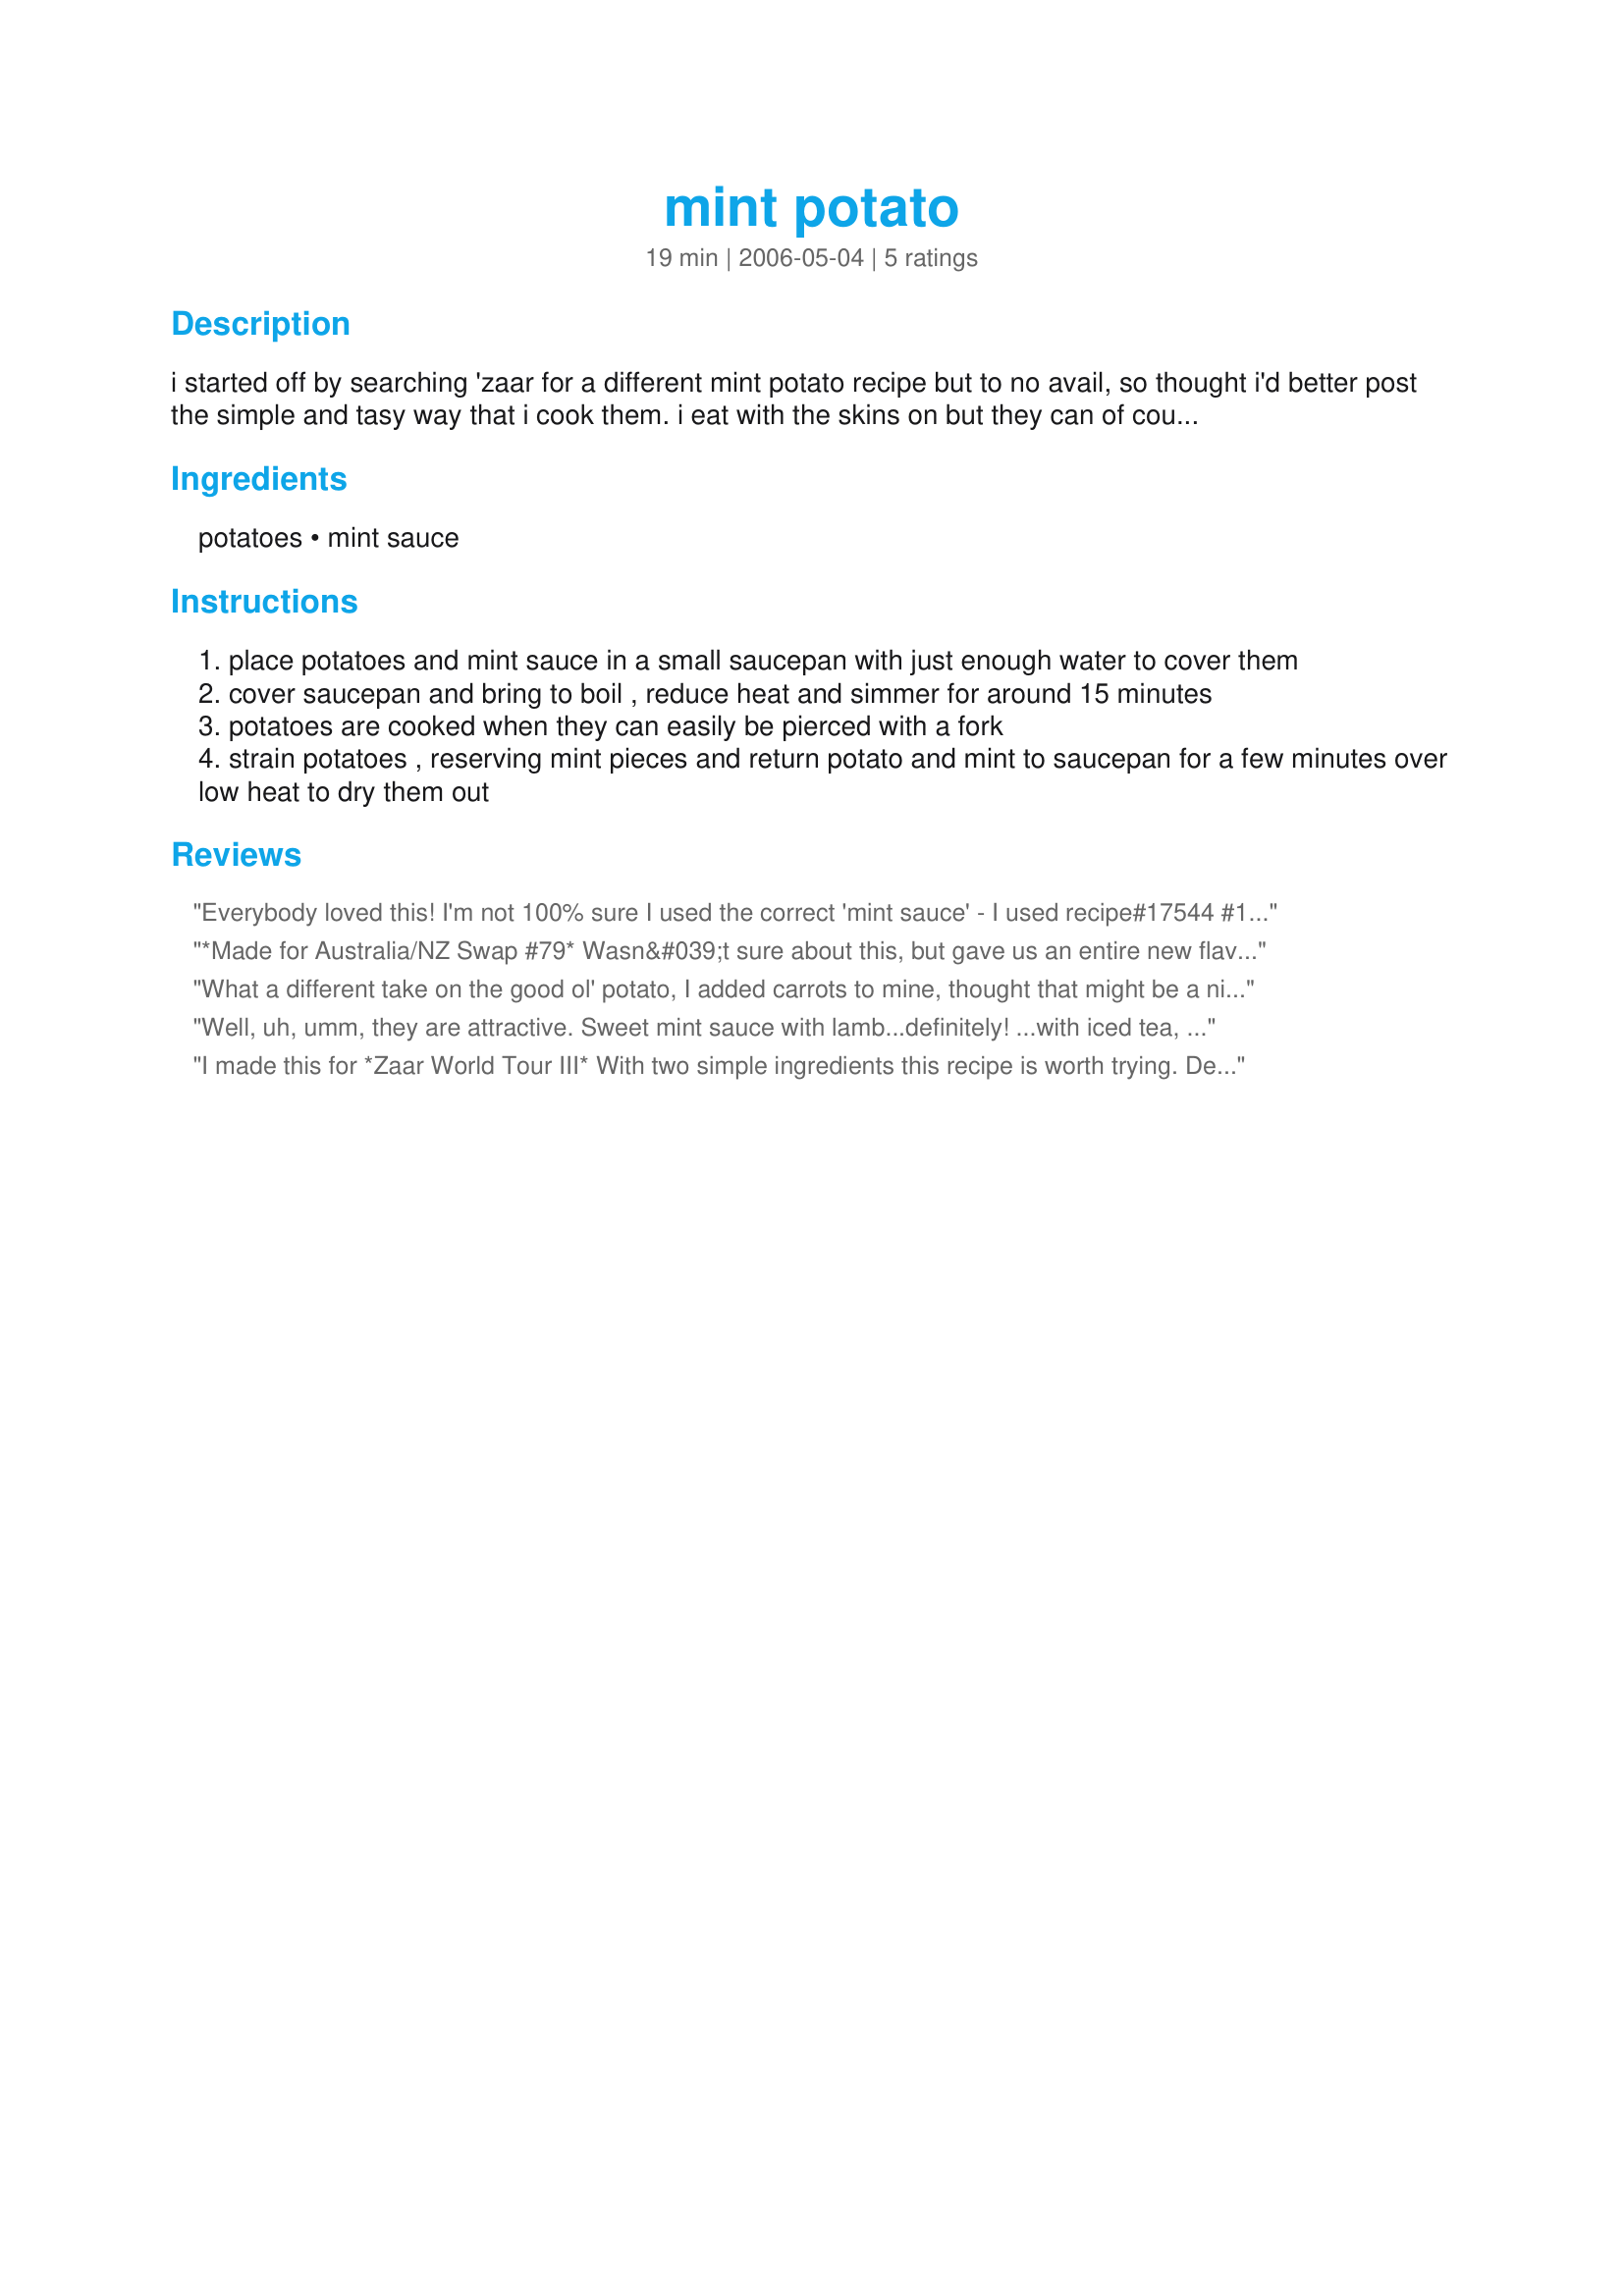
mint potato
Preparation time: 19 minutes

i started off by searching 'zaar for a different mint potato recipe but to no avail, so thought i'd better post the simple and tasy way that i cook them. i eat with the skins on but they can of course be removed (it's probably easier to remove the skin after cooking and it stops them falling apart while boiling).

Ingredients:
potatoes, mint sauce

Steps:
place potatoes and mint sauce in a small saucepan with just enough water to cover them
cover saucepan and bring to boil , reduce heat and simmer for around 15 minutes
potatoes are cooked when they can easily be pierced with a fork
strain potatoes , reserving mint pieces and return potato and mint to saucepan for a few minutes over low heat to dry them out

Reviews:
Everybody loved this! I'm not 100% sure I used the correct 'mint sauce' - I used recipe#17544 #17544 - but... it worked out! Made for 6/10 Aussie Swap. Thank you, Peter!
*Made for Australia/NZ Swap #79* Wasn&#039;t sure about this, but gave us an entire new flavor sensation ! DH won&#039;t eat lamb, but next time I give it a try, this will be my farinacious component ! Thanks for posting, Peter !
What a different take on the good ol' potato, I added carrots to mine, thought that might be a nice touch, also added a little chicken stock to make it less dry. But I enjoyed the mint.
Well, uh, umm, they are attractive. Sweet mint sauce with lamb...definitely! ...with iced tea, yes! Mint, garlic &olive oil w/white potatoes...yum. I'm afraid sweet mint sauce with white potatoes is a taste I am not sophisticated enough to appreciate. I'm glad I tried the recipe, though. They are... interesting. :-)
I made this for *Zaar World Tour III*
With two simple ingredients this recipe is worth trying. Delicious and easy to put together. I also garnished it with fresh mint from the garden. Thank you Peter J for posting your recipe.
